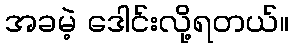
အခမဲ့ ဒေါင်းလို့ရတယ်။